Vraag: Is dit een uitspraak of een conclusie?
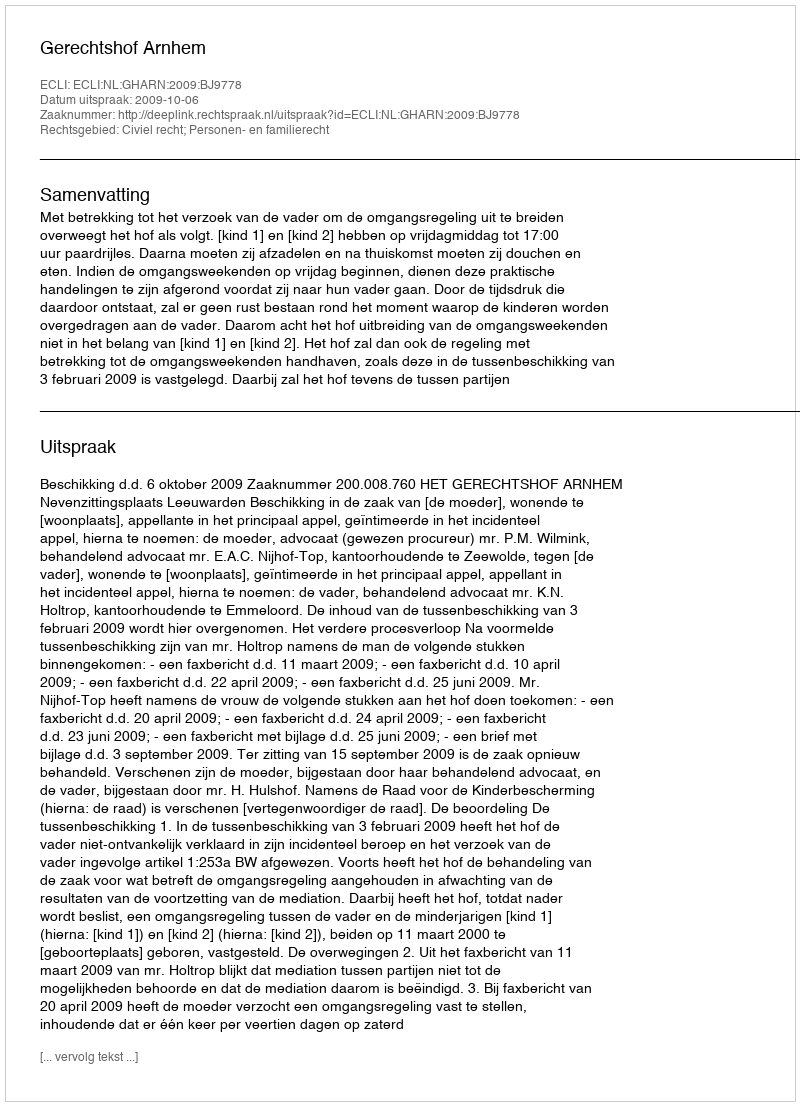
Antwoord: Uitspraak